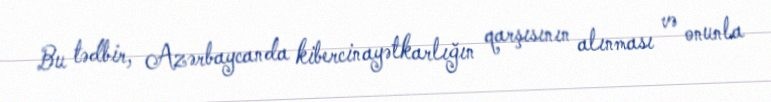
Bu tədbir, Azərbaycanda kibercinayətkarlığın qarşısının alınması və onunla